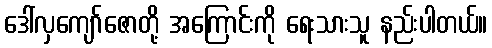
ဒေါ်လှကျော်ဇောတို့ အကြောင်းကို ရေးသားသူ နည်းပါတယ်။